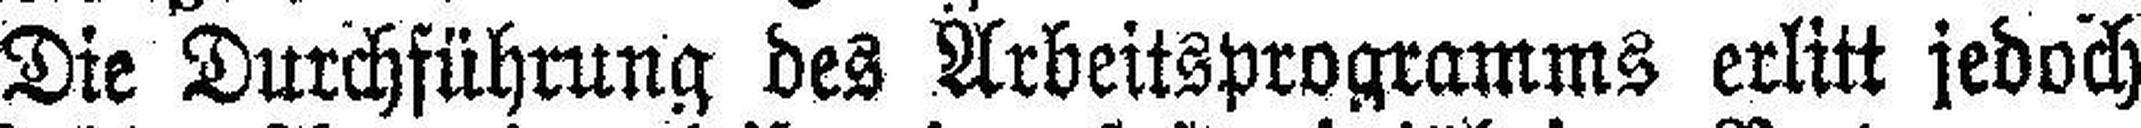
Die Durchführung des Arbeitsprogramms erlitt jedoch